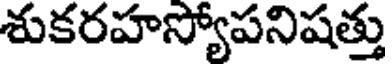
శుకరహస్యోపనిషత్తు